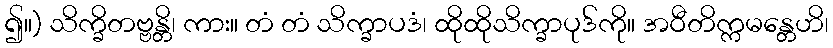
၍။) သိက္ခိတဗ္ဗန္တိ၊ ကား။ တံ တံ သိက္ခာပဒံ၊ ထိုထိုသိက္ခာပုဒ်ကို။ အဝီတိက္ကမန္တေဟိ၊